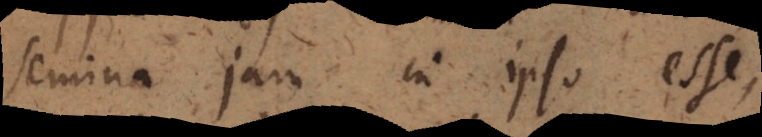
semina jam in ipso esse,